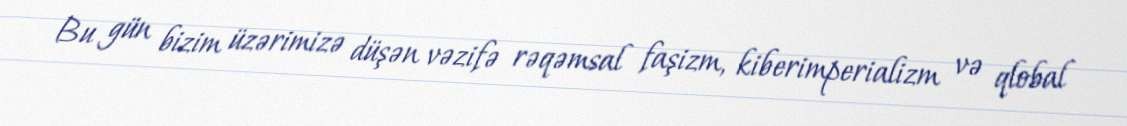
Bu gün bizim üzərimizə düşən vəzifə rəqəmsal faşizm, kiberimperializm və qlobal